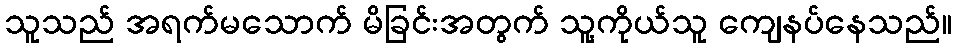
သူသည် အရက်မသောက် မိခြင်းအတွက် သူ့ကိုယ်သူ ကျေနပ်နေသည်။